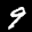
Label: 9